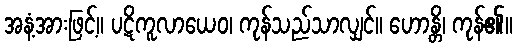
အနံ့အားဖြင့်။ ပဋိကူလာယေဝ၊ ကုန်သည်သာလျှင်။ ဟောန္တိ၊ ကုန်၏။